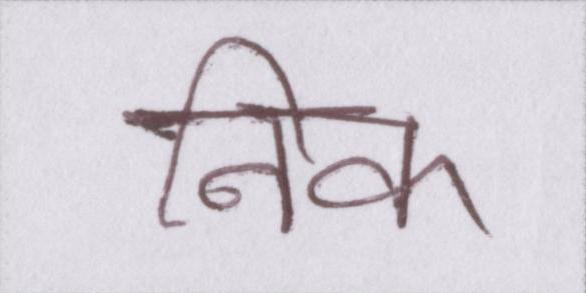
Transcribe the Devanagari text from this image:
निक